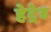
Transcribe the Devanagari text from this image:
हेट्रेड